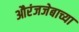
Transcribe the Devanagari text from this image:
औरंजजेबाच्या